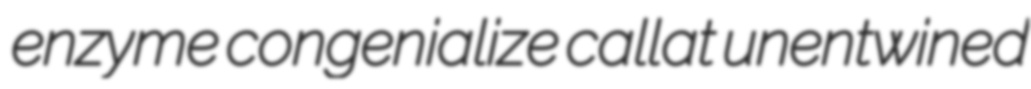
enzyme congenialize callat unentwined